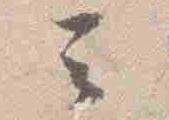
云